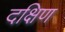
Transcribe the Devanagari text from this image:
दक्षिण